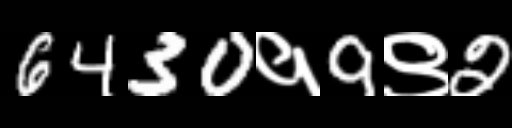
Text: 6430१9९2